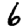
Digit: 6